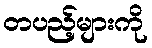
တပည့်များကို